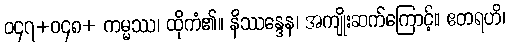
ဝ၄၇+ဝ၄၈+ ကမ္မဿ၊ ထိုကံ၏။ နိဿန္ဒေန၊ အကျိုးဆက်ကြောင့်။ ဧတရဟိ၊